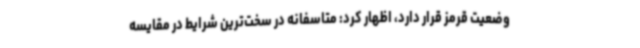
وضعیت قرمز قرار دارد، اظهار کرد: متاسفانه در سخت‌ترین شرایط در مقایسه